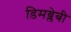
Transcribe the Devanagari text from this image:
डिमब्लेबी